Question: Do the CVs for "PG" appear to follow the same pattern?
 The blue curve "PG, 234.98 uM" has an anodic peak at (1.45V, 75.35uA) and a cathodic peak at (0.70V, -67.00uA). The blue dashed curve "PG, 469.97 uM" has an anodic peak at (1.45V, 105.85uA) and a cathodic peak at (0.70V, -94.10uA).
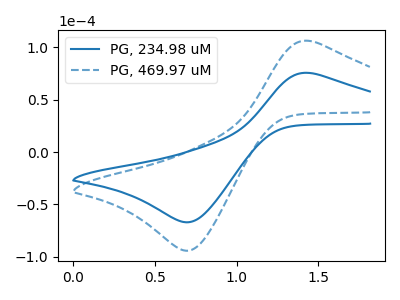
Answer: <think>All the peaks in "PG, 234.98 uM" have a peak in "PG, 469.97 uM" at the same potential. Every peak in "PG, 234.98 uM" is lower than every peak in "PG, 469.97 uM".
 </think>
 <answer>All the CV's of "PG" have similar shape.</answer>
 <eval>follow_rule</eval>